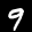
Label: 9